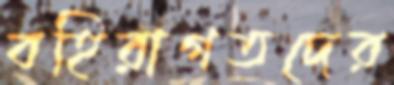
বহিরাগতদের